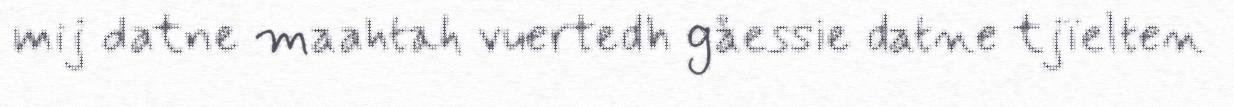
mij datne maahtah vuertedh gåessie datne tjïelten